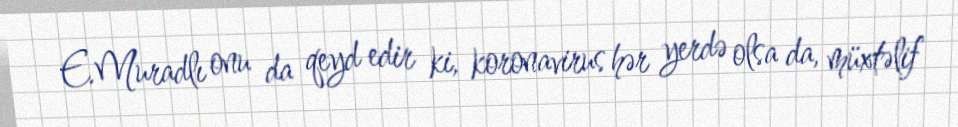
E.Muradlı onu da qeyd edir ki, koronavirus hər yerdə olsa da, müxtəlif